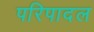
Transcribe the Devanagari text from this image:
परिपादल